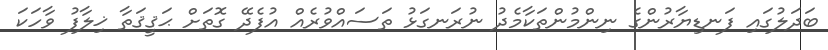
ބަދަލުގައި ފަނޑިޔާރުންގެ ނިންމުންތަކާމެދު ނުރަނގަޅު ތަސައްވުރެއް އުފެދޭ ގޮތަށް ޙަޤީޤަތާ ޚިލާފު ވާހަކަ